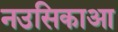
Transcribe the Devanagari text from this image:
नउसिकाआ